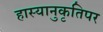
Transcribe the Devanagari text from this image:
हास्यानुकृतिपर